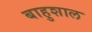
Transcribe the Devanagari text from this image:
बाहुशाल